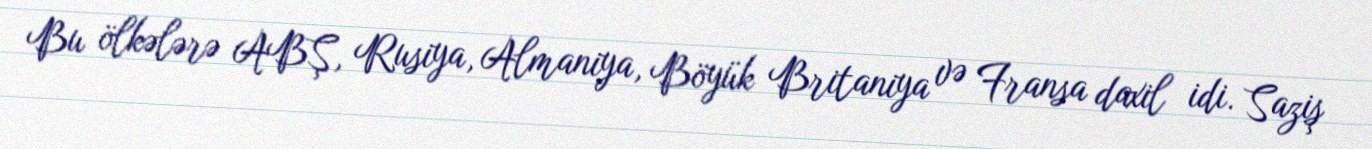
Bu ölkələrə ABŞ, Rusiya, Almaniya, Böyük Britaniya və Fransa daxil idi. Saziş